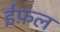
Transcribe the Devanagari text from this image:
ईफ़ल